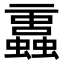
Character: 𧔁